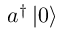
a ^ { \dag } \left\vert 0 \right\rangle